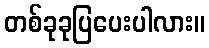
တစ်ခုခုပြပေးပါလား။